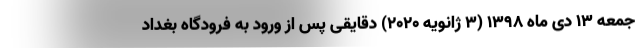
جمعه 13 دی ماه 1398 (3 ژانویه 2020) دقایقی پس از ورود به فرودگاه بغداد